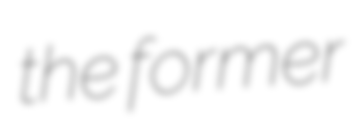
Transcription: the former